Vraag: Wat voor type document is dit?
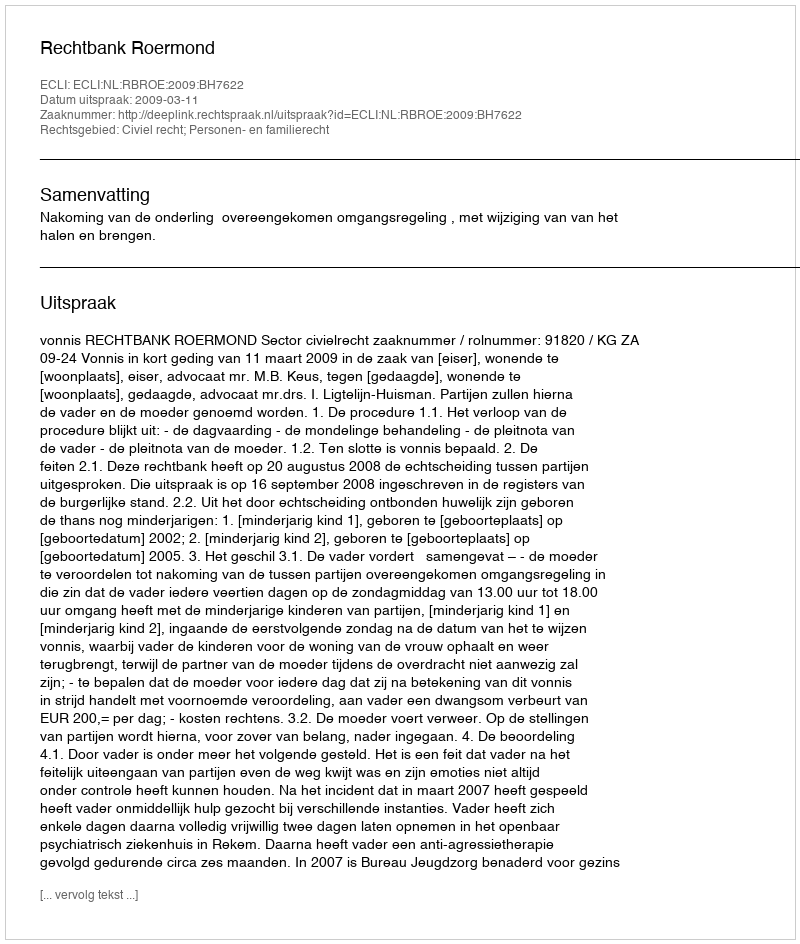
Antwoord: Uitspraak